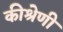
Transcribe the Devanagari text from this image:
कीश्रेणी